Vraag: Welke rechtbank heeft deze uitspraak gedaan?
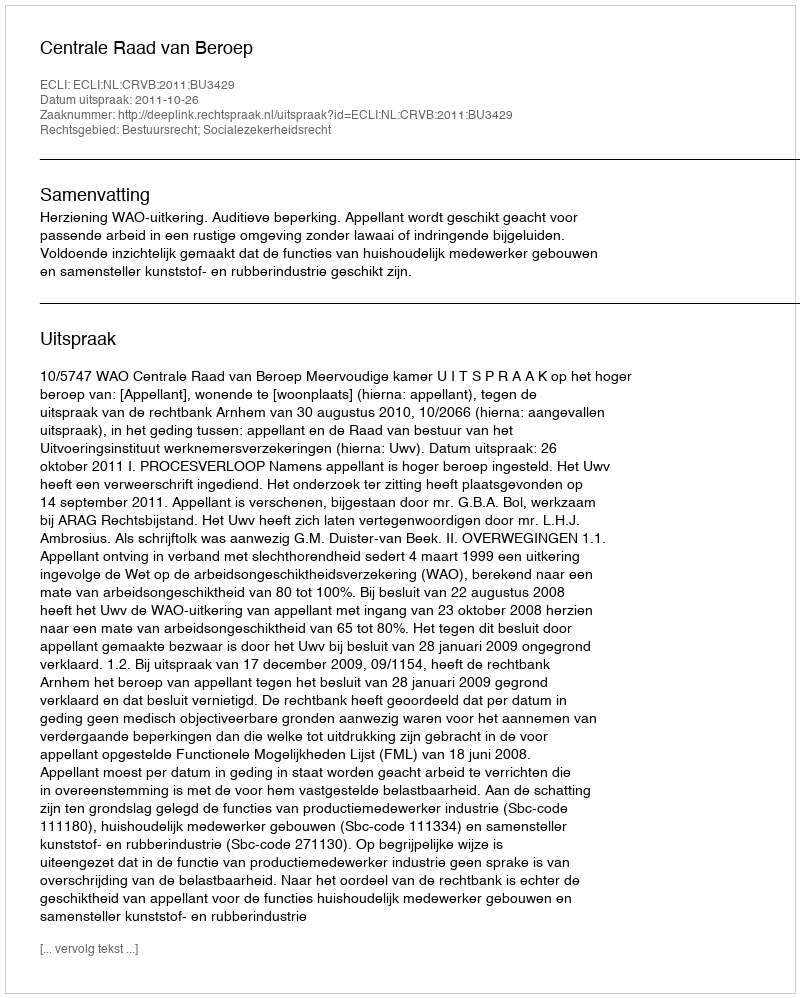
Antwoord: Centrale Raad van Beroep